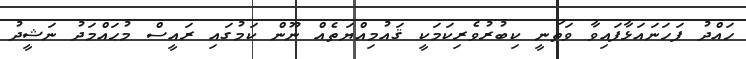
ހައްދު ފަހަނައަޅާފައިވާ ވަޠަނީ ކިބުރުވެރިކަމަކީ ޤައުމިއްޔަތެއް ނޫން ކަމުގައި ރައީސް މުޙައްމަދު ނަޝީދު